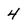
Character: 4